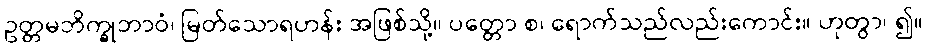
ဥတ္တမဘိက္ခုဘာဝံ၊ မြတ်သောရဟန်း အဖြစ်သို့။ ပတ္တော စ၊ ရောက်သည်လည်းကောင်း။ ဟုတွာ၊ ၍။